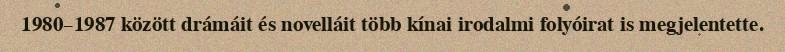
1980–1987 között drámáit és novelláit több kínai irodalmi folyóirat is megjelentette.